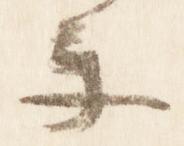
楽